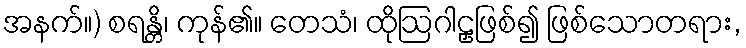
အနက်။) စရန္တိ၊ ကုန်၏။ တေသံ၊ ထိုဩဂါဠှဖြစ်၍ ဖြစ်သောတရား,